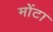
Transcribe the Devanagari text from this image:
मोंटा